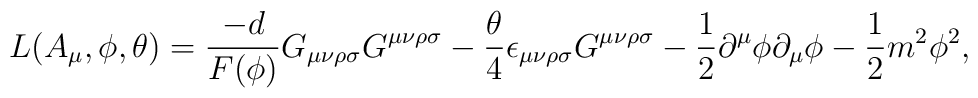
L(A_\mu, \phi, \theta)={-d \over F(\phi)}G_ {\mu  \nu \rho \sigma}G^{\mu  \nu \rho \sigma }-{\theta \over 4} \epsilon_{\mu  \nu\rho \sigma }G^{\mu  \nu \rho \sigma }-{1 \over 2} \partial ^\mu\phi\partial_ \mu\phi-{1 \over 2}m^2 \phi^2,